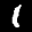
Label: 1